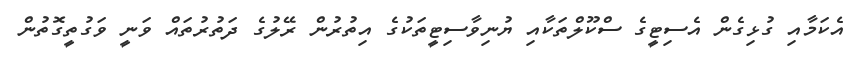
އެކަމާއި ގުޅިގެން އެސިޓީގެ ސްކޫލްތަކާއި ޔުނިވާސިޓީތަކުގެ އިތުރުން ރޭލުގެ ދަތުރުތައް ވަނީ ވަގުތީގޮތުން